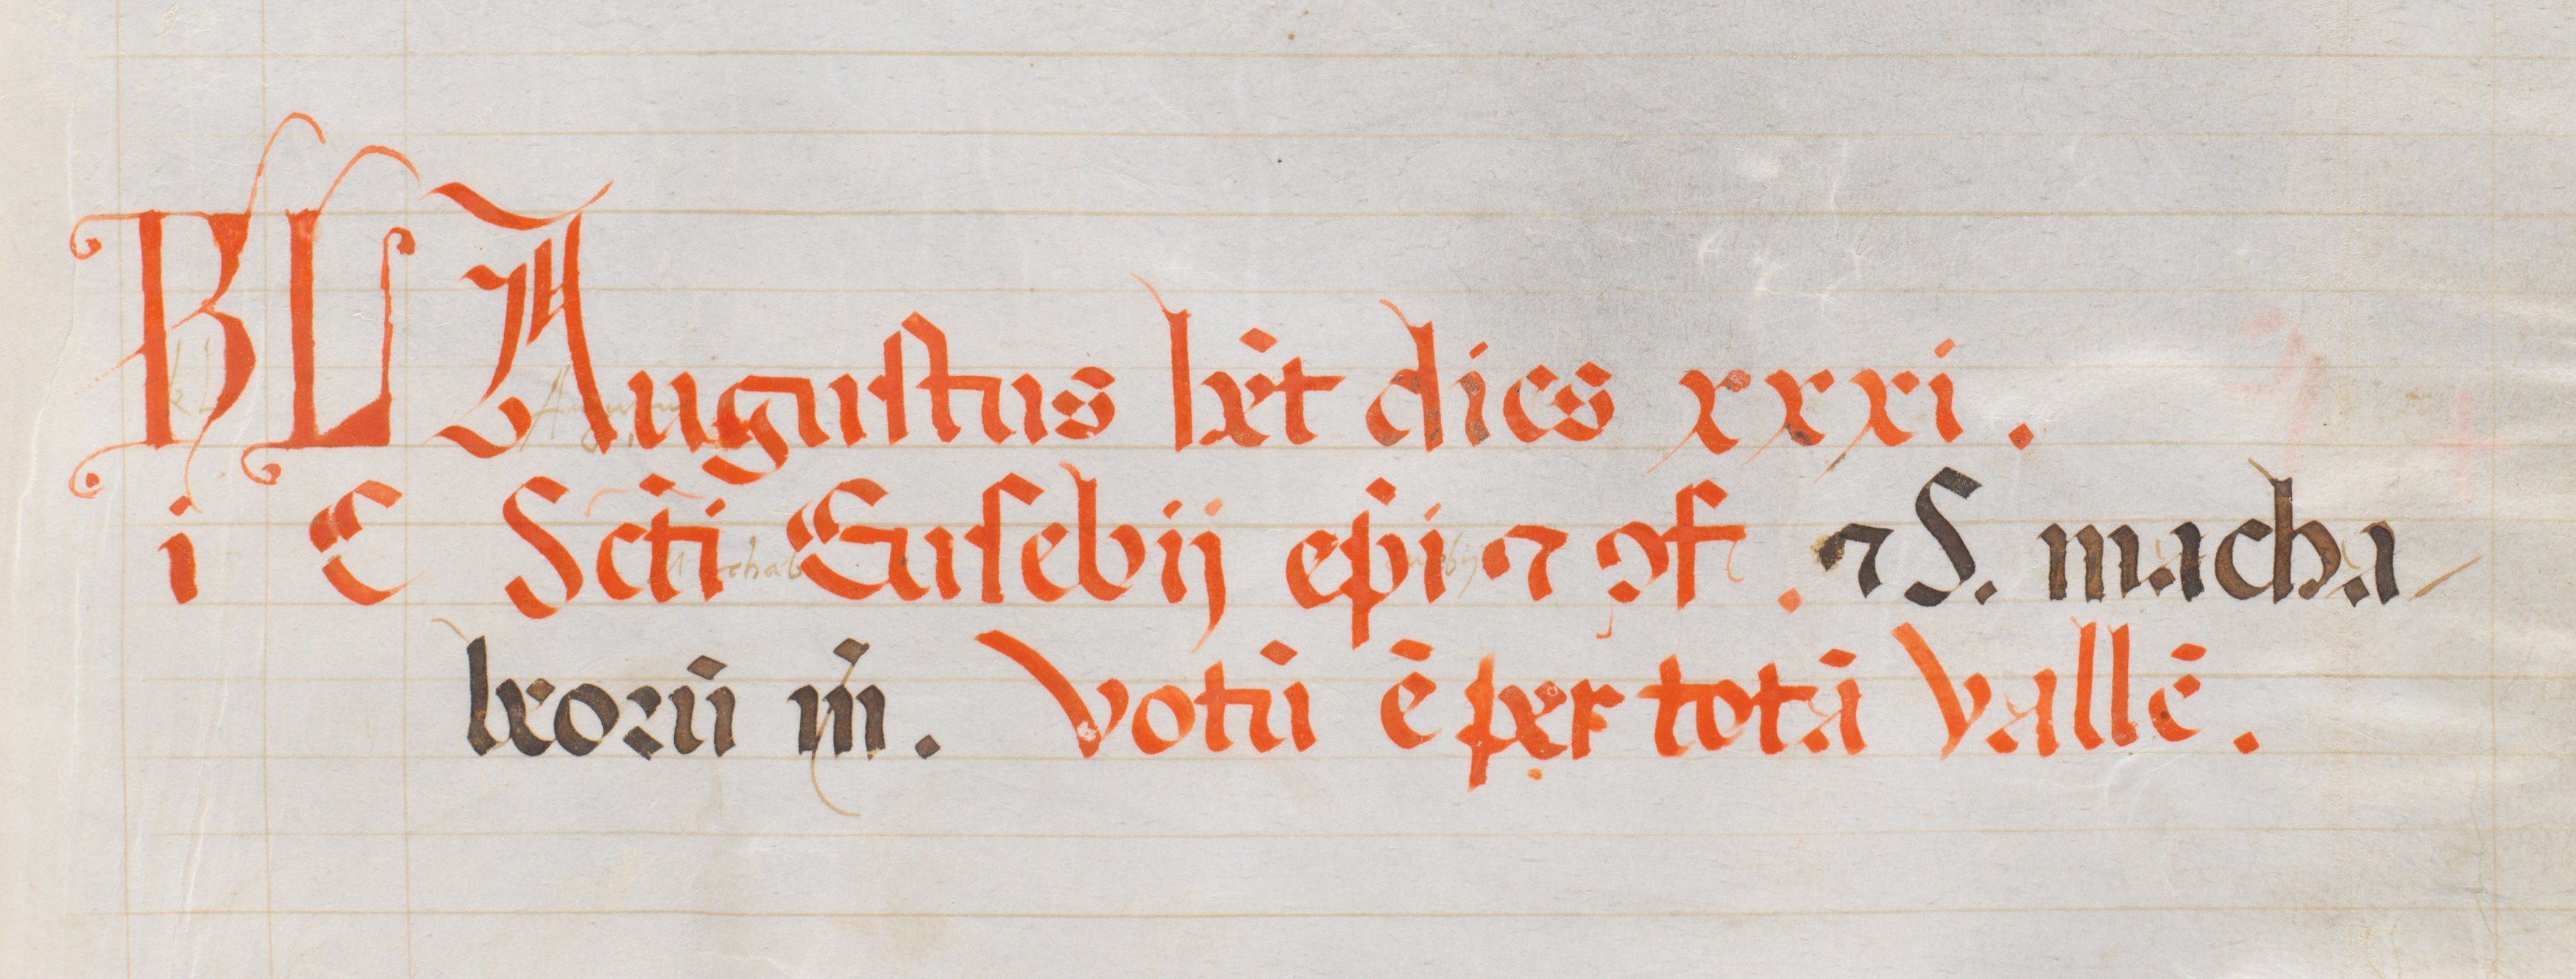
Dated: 1563–1563